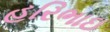
હરિભાઇ